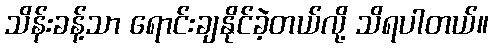
သိန်းခန့်သာ ရောင်းချနိုင်ခဲ့တယ်လို့ သိရပါတယ်။